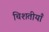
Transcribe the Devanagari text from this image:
चिशतीयाँ